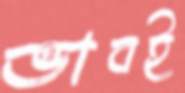
ভাবই